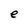
Character: e